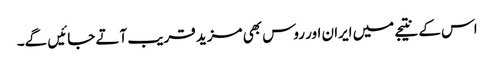
اس کے نتیجے میں ایران اور روس بھی مزید قریب آتے جائیں گے۔